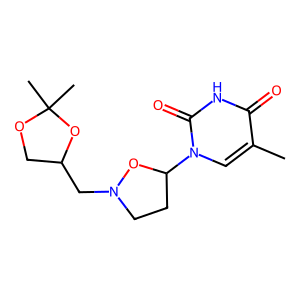
SMILES: Cc1cn(C2CCN(CC3COC(C)(C)O3)O2)c(=O)[nH]c1=O
Inhibits HIV replication: No